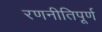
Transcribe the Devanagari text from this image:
रणनीतिपूर्ण